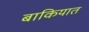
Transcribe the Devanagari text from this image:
बाकियात